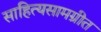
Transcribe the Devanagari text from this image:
साहित्यसामग्रीत